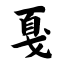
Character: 戛